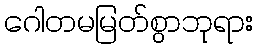
ဂေါတမမြတ်စွာဘုရား